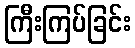
ကြီးကြပ်ခြင်း